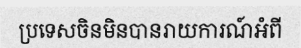
ប្រទេសចិនមិនបានរាយការណ៍អំពី